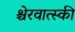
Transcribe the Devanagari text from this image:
श्चेरवात्स्की